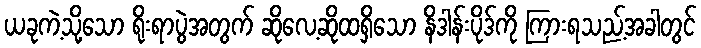
ယခုကဲ့သို့သော ရိုးရာပွဲအတွက် ဆိုလေ့ဆိုထရှိသော နိဒါန်းပိုဒ်ကို ကြားရသည့်အခါတွင်